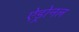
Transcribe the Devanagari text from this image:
ऐड्रोनल